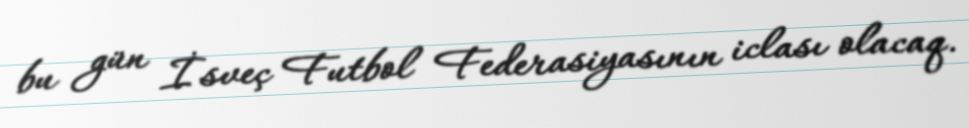
bu gün İsveç Futbol Federasiyasının iclası olacaq.